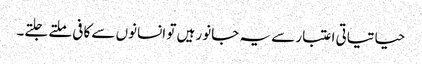
حیاتیاتی اعتبار سے یہ جانور ہیں تو انسانوں سے کافی ملتے جلتے۔